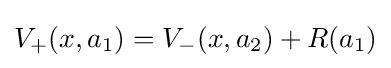
V_{+}(x,a_{1})=V_{-}(x,a_{2})+R(a_{1})